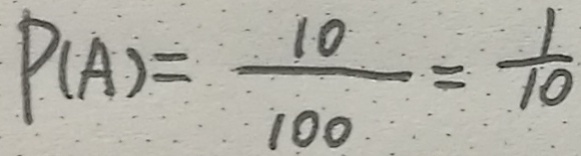
P ( A ) = \frac { 1 0 } { 1 0 0 } = \frac { 1 } { 1 0 }